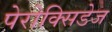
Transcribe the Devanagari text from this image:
पेरोक्सिडेज